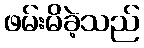
ဖမ်းမိခဲ့သည်